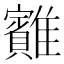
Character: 䨈